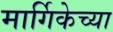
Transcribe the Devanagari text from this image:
मार्गिकेच्या